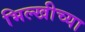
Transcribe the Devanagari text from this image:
भिल्खीच्या